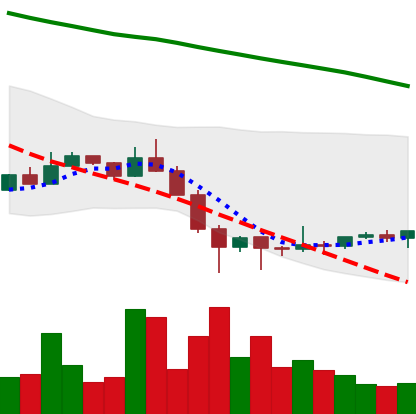
Ticker: ETC-USD
Chart end date: 2022-01-31
Forward return: 14.482%
Label: up_7plus